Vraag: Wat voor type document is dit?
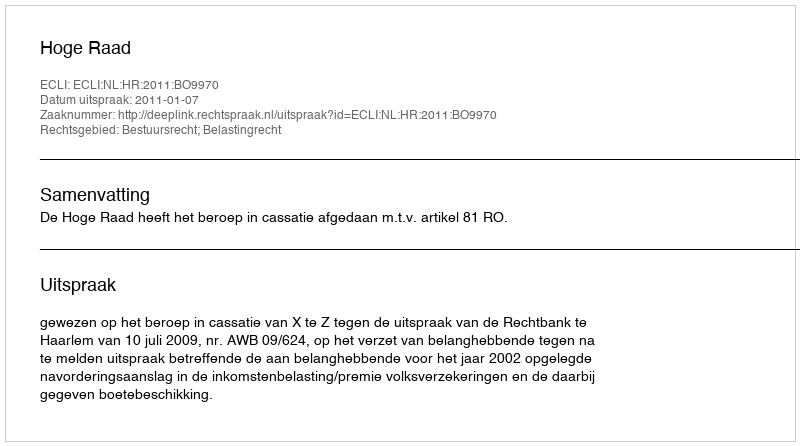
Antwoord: Uitspraak